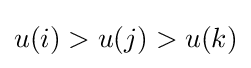
u(i)>u(j)>u(k)